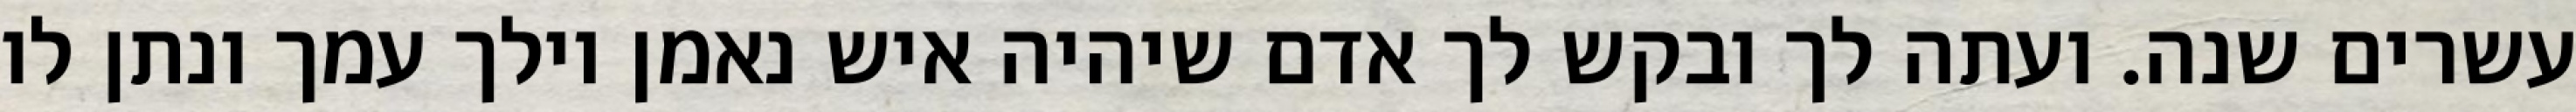
עשרים שנה. ועתה לך ובקש לך אדם שיהיה איש נאמן וילך עמך ונתן לו